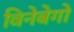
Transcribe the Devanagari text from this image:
विनेबेगो